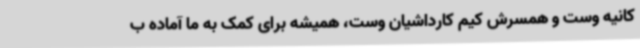
کانیه وست و همسرش کیم کارداشیان وست، همیشه برای کمک به ما آماده ب